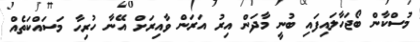
މުސްކާން ބޯޖަހާލައިފައި ބުނީ މާދަން އިރު އަރަން ވާއިރަށް އޭނާ ހުރިހާ މަސައްކަތެއް